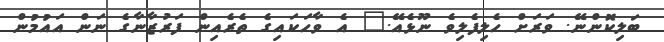
ބަލިކޮންނޭ. ވަރަށް ހެލިފެލިވެ ނޫޅެއޭ." އެ ވާހަަކައިގެ ތެރެއިން ފަރުޒާނާގެ ނަން އައުމުން